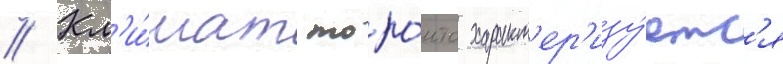
// Кл'и́мат торо́нто характ'ер'изу́етс'я